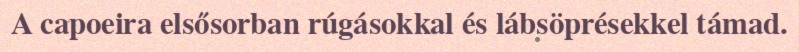
A capoeira elsősorban rúgásokkal és lábsöprésekkel támad.